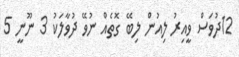
12ދުވަސް ވީއިރު ލިއުން ލިބޭ ގޮތެއް ނުވޭ ދުވާލަކު 3 ނޫނީ 5